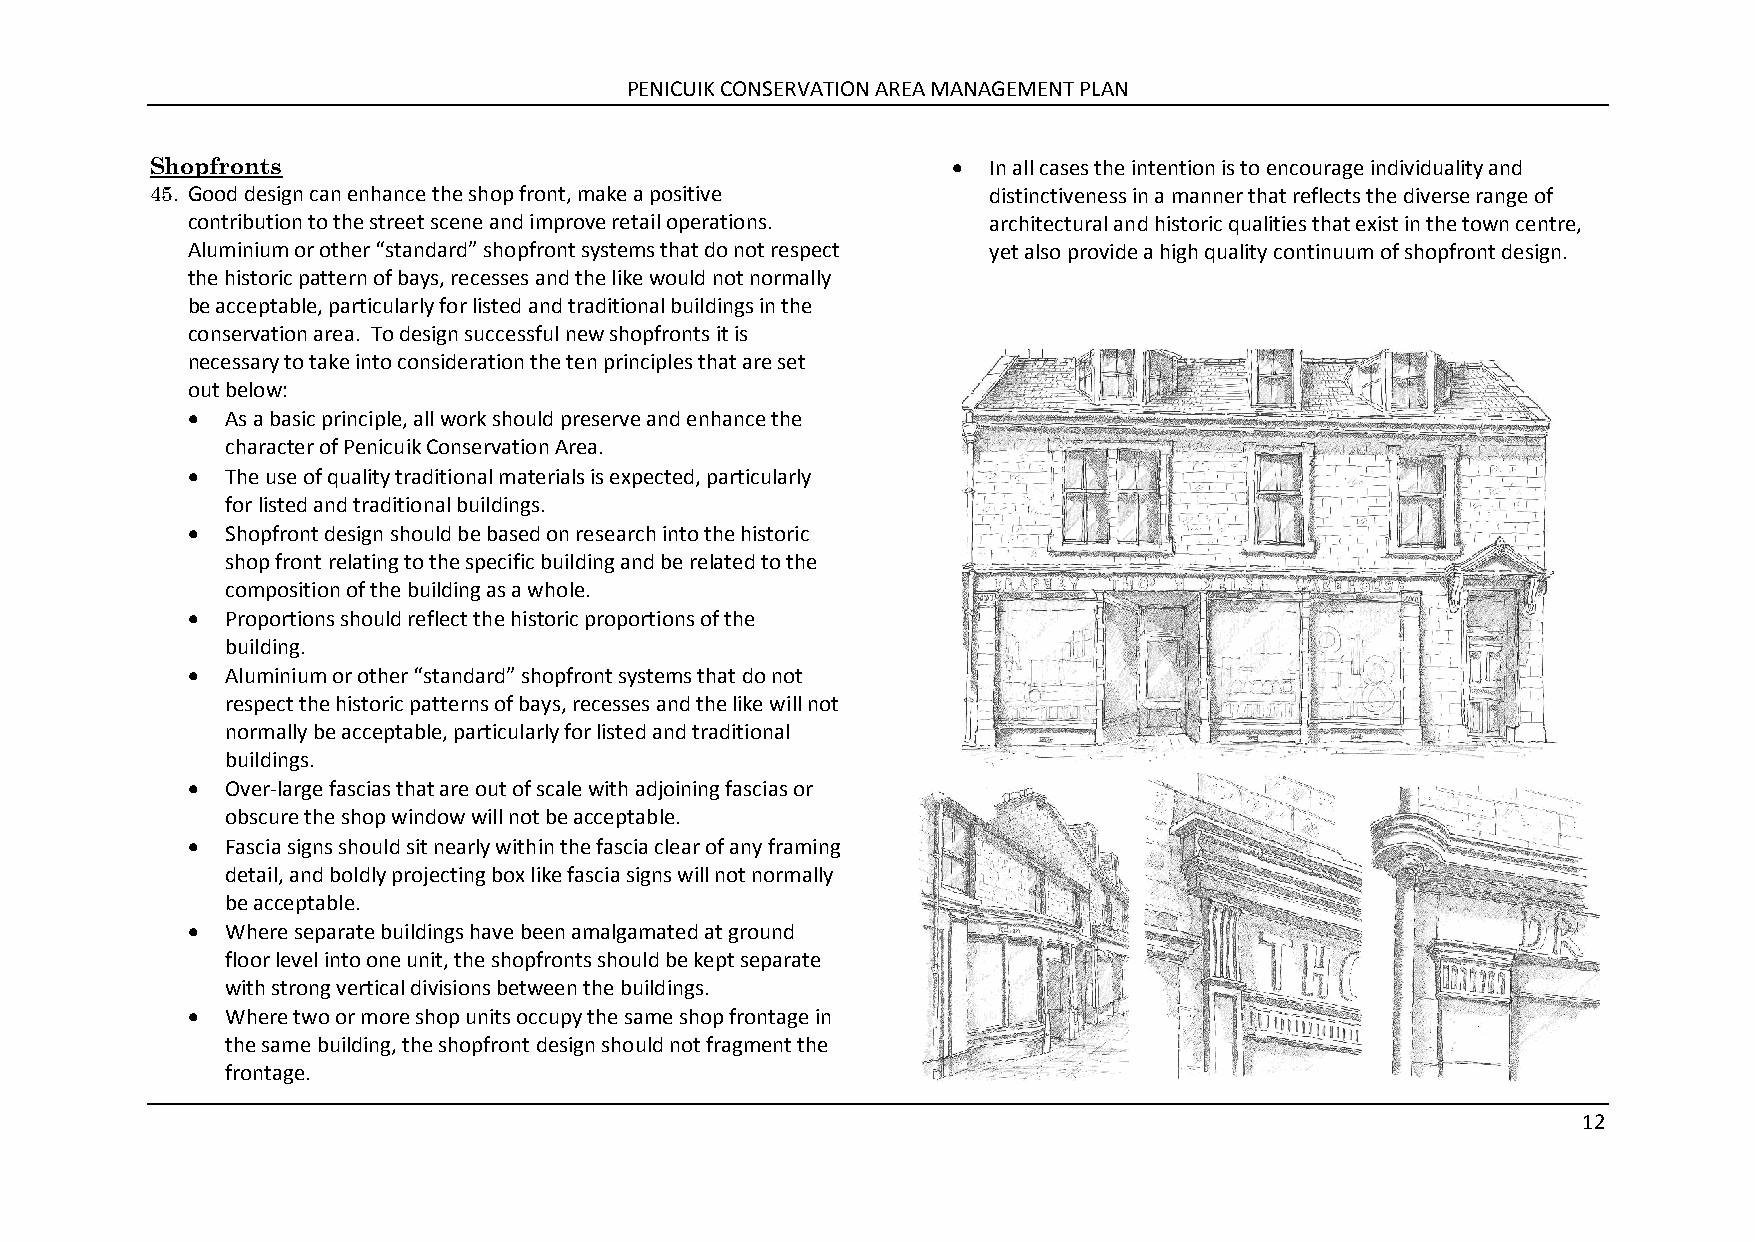
PENICUIK CONSERVATION AREA MANAGEMENT PLAN
 Shopfronts                                            In all cases the intention is to encourage individuality and
 45. Good design can enhance the shop front, make a positive distinctiveness in a manner that reflects the diverse range of
 contribution to the street scene and improve retail operations. architectural and historic qualities that exist in the town centre,
 Aluminium or other “standard” shopfront systems that do not respect yet also provide a high quality continuum of shopfront design.
 the historic pattern of bays, recesses and the like would not normally
 be acceptable, particularly for listed and traditional buildings in the
 conservation area. To design successful new shopfronts it is
 necessary to take into consideration the ten principles that are set
 out below:
   As a basic principle, all work should preserve and enhance the
 character of Penicuik Conservation Area.
   The use of quality traditional materials is expected, particularly
 for listed and traditional buildings.
   Shopfront design should be based on research into the historic
 shop front relating to the specific building and be related to the
 composition of the building as a whole.
   Proportions should reflect the historic proportions of the
 building.
   Aluminium or other “standard” shopfront systems that do not
 respect the historic patterns of bays, recesses and the like will not
 normally be acceptable, particularly for listed and traditional
 buildings.
   Over-large fascias that are out of scale with adjoining fascias or
 obscure the shop window will not be acceptable.
   Fascia signs should sit nearly within the fascia clear of any framing
 detail, and boldly projecting box like fascia signs will not normally
 be acceptable.
   Where separate buildings have been amalgamated at ground
 floor level into one unit, the shopfronts should be kept separate
 with strong vertical divisions between the buildings.
   Where two or more shop units occupy the same shop frontage in
 the same building, the shopfront design should not fragment the
 frontage.
 12